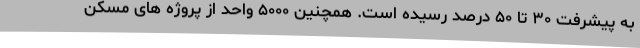
به پیشرفت ۳۰ تا ۵۰ درصد رسیده است. همچنین ۵۰۰۰ واحد از پروژه های مسکن